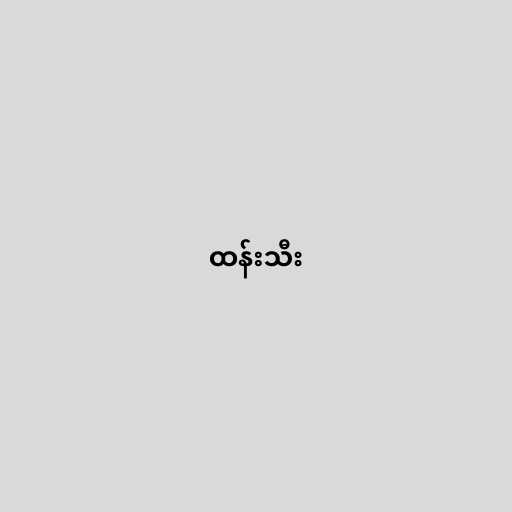
ထန်းသီး